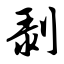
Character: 剥